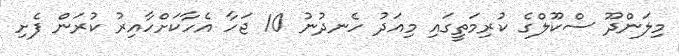
މިލަންދޫ ސްކޫލްގެ ކުރިމަތީގައި މިއަދު ހެނދުނު 10 ޖަހާ އެހާކަށްހާއިރު ކުރަން ފެށި